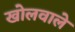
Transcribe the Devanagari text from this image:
खोलवाले